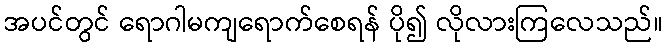
အပင်တွင် ရောဂါမကျရောက်စေရန် ပို၍ လိုလားကြလေသည်။